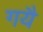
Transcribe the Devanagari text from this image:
गयै